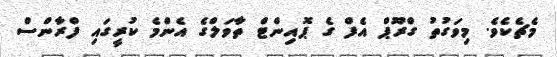
މެޗެކެވެ. މިވަގުތު ގްރޫޕް އެފް ގެ ޕޮއިންޓް ތާވަލްގެ އެންމެ ކުރީގައި ފްރާންސް